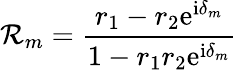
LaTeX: \mathcal{R}_{m}=\frac{r_{1}-r_{2}\mathrm{e}^{\mathrm{i}\delta_{m}}}{1-r_{1}r_{2}\mathrm{e}^{\mathrm{i}\delta_{m}}}